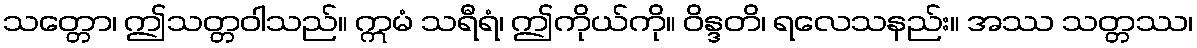
သတ္တော၊ ဤသတ္တဝါသည်။ ဣမံ သရီရံ၊ ဤကိုယ်ကို။ ဝိန္ဒတိ၊ ရလေသနည်း။ အဿ သတ္တဿ၊